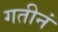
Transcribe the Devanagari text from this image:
गतीनं